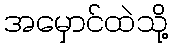
အမှောင်ထဲသို့